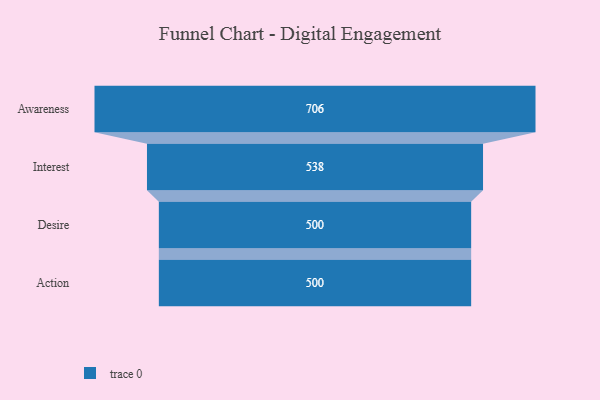
{"axis": {"x": "Stage", "y": "Value"}, "legend": [""], "data": [{"x": "Awareness", "y": 706.0, "type": ""}, {"x": "Interest", "y": 538.0, "type": ""}, {"x": "Desire", "y": 500, "type": ""}, {"x": "Action", "y": 500, "type": ""}]}